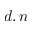
d , n